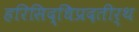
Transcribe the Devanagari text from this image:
हरिसिद्धिप्रदतीर्थ